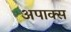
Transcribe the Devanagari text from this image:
अपाक्स